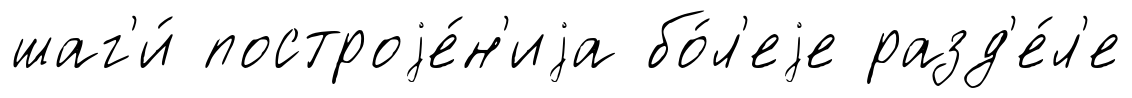
шаг'и́ построjе́н'иjа бо́л'еjе разд'е́л'е